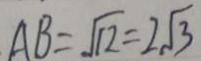
A B = \sqrt { 1 2 } = 2 \sqrt { 3 }